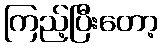
ကြည့်ပြီးတော့